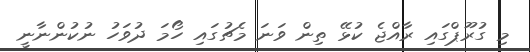
މި ގުރޫޕްގައި ރާއްޖެ ކުޅޭ ތިން ވަނަ މެޗުގައި ހޯމަ ދުވަހު ނުކުންނާނީ